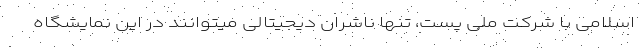
اسلامی با شرکت ملی پست، تنها ناشران دیجیتالی میتوانند در این نمایشگاه